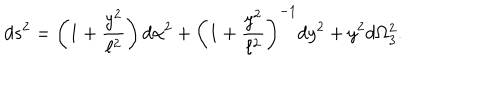
d s ^ { 2 } = \left( 1 + \frac { y ^ { 2 } } { \ell ^ { 2 } } \right) d \alpha ^ { 2 } + \left( 1 + \frac { y ^ { 2 } } { \ell ^ { 2 } } \right) ^ { - 1 } d y ^ { 2 } + y ^ { 2 } d \Omega _ { 3 } ^ { 2 } .